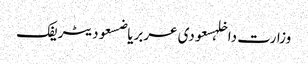
وزارت داخلہسعودی عربریاضسعودیٹریفک